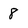
Character: 8